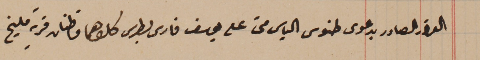
القرار الصادر بدعوى طنوس الياس متى على يوسف فارس بطرس كلاهما قاطنان قرية مليخ